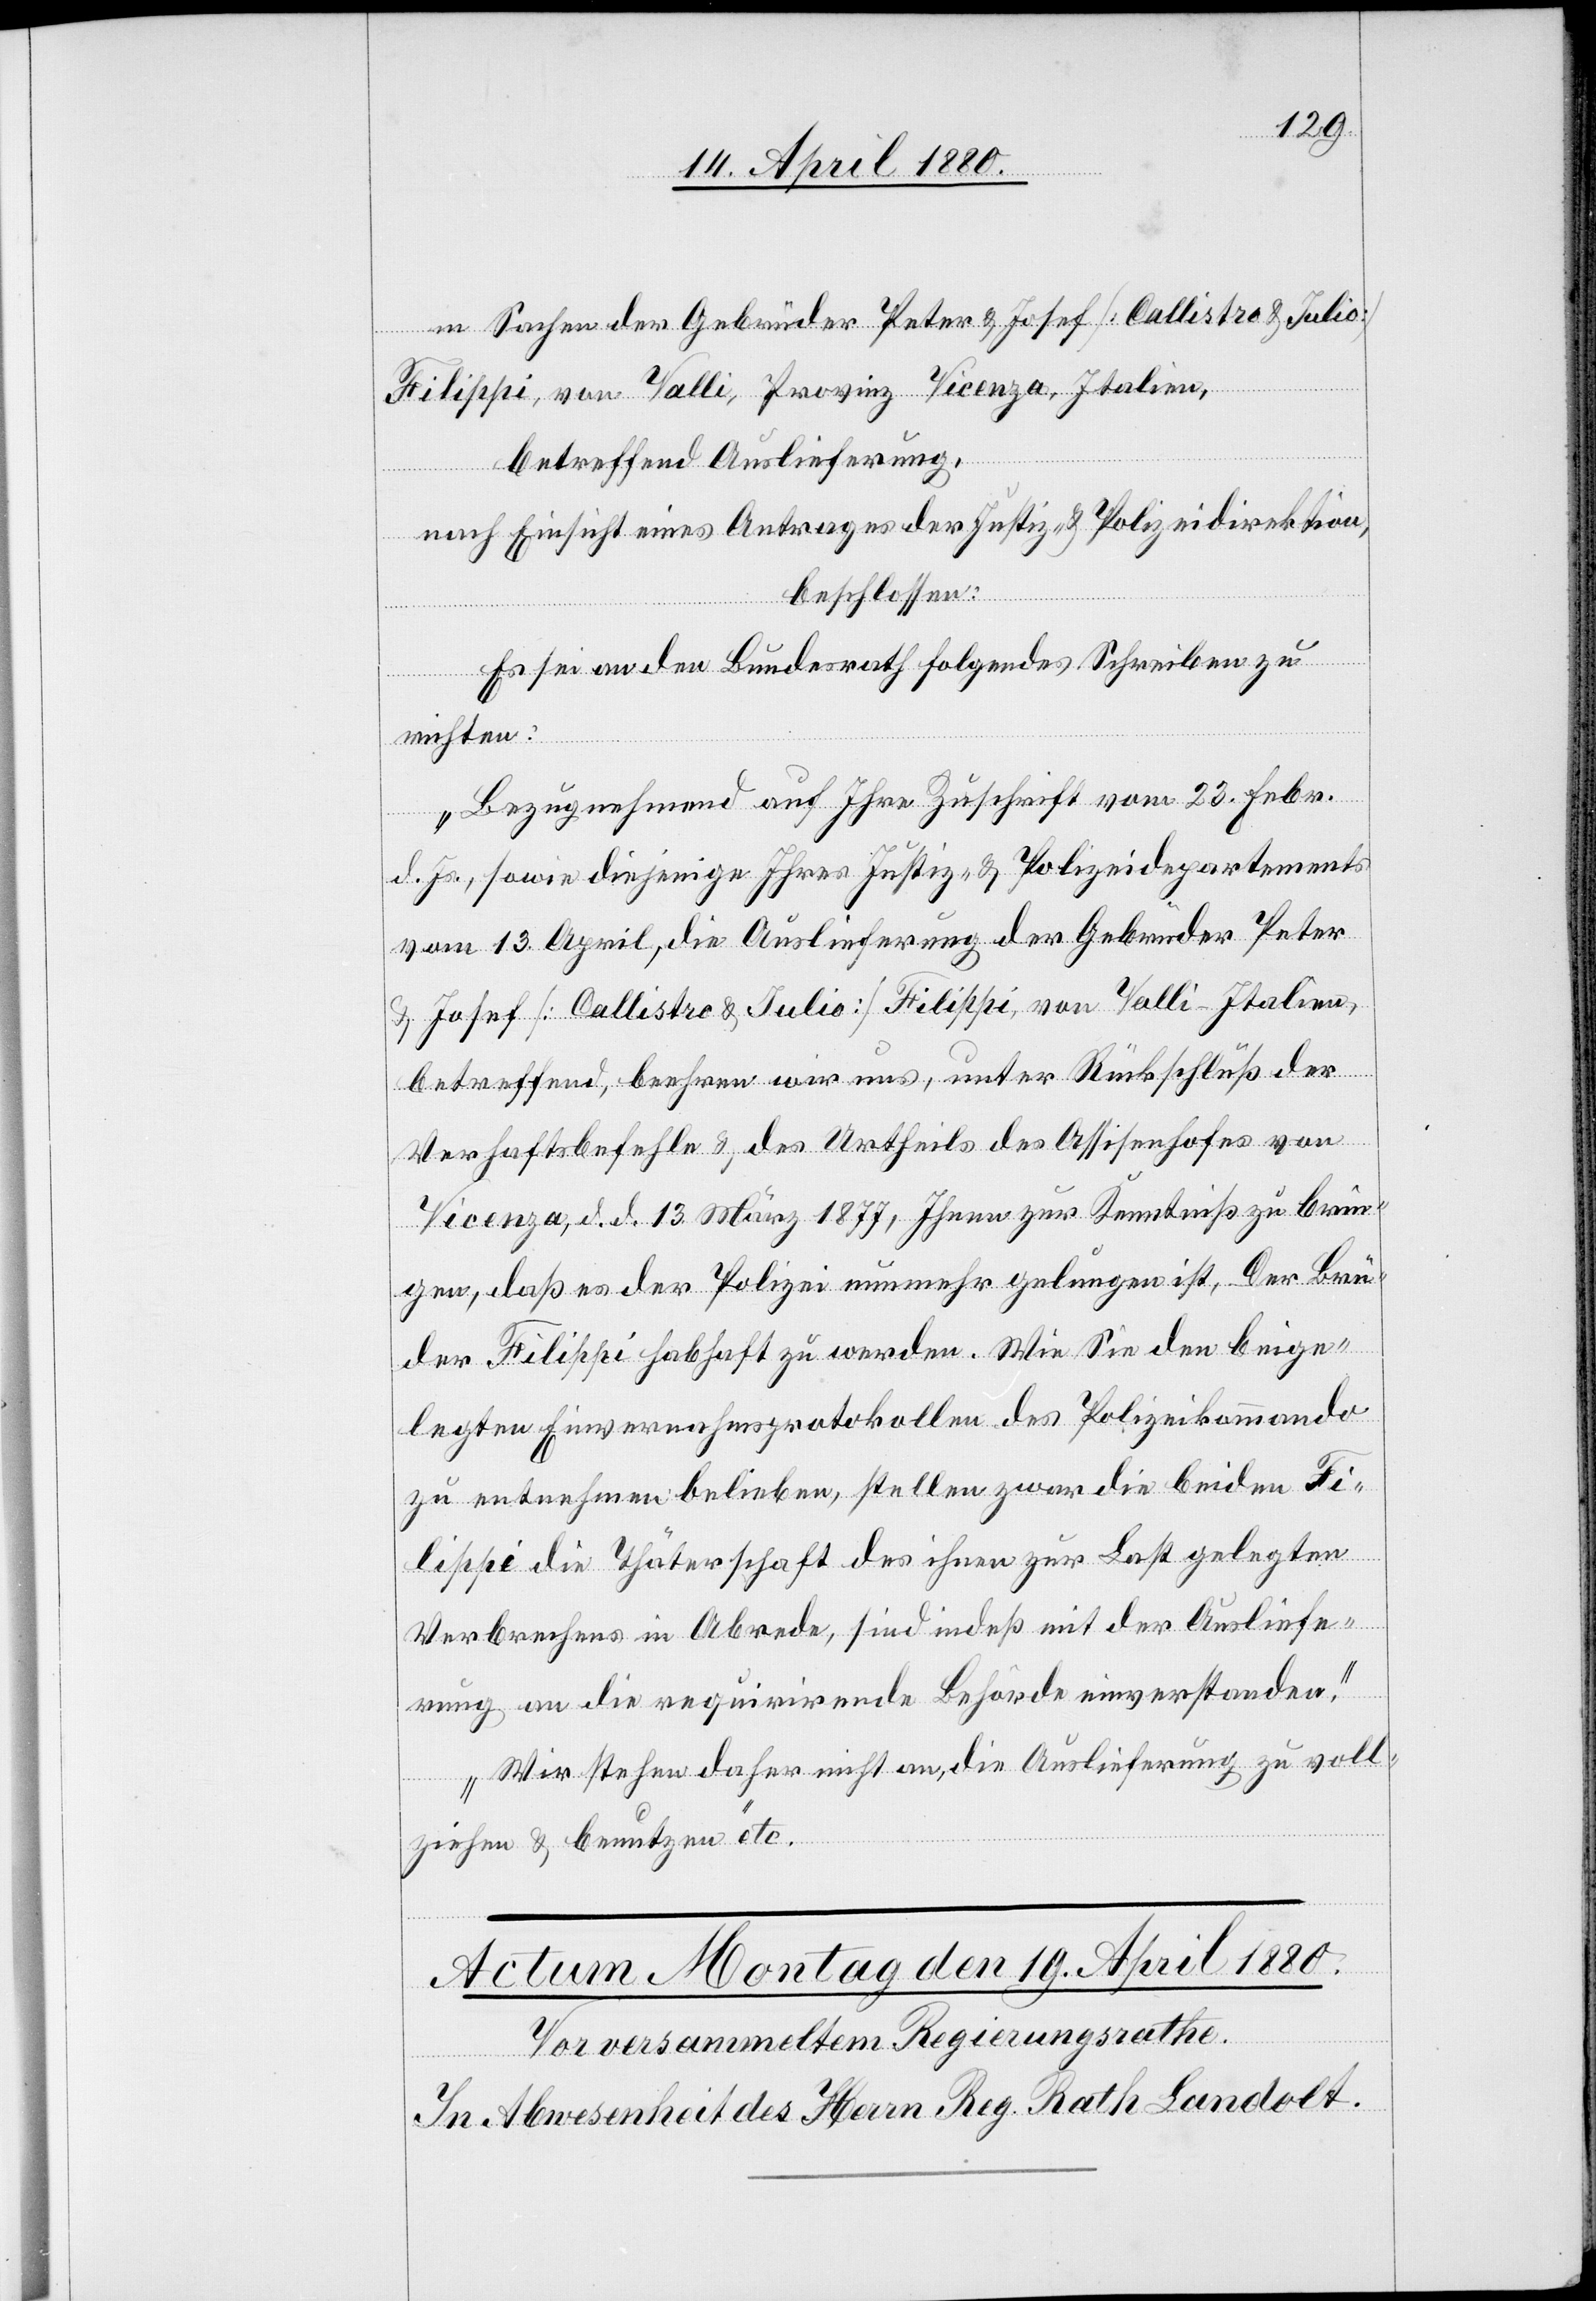
in Sachen der Gebrüder Peter & Josef [Callistro & Julio]
Brü¬
Filippi, von Valli, Provinz Vicenza, Italien,
betreffend Auslieferung,
nach Einsicht eines Antrages der Justiz- & Polizeidirektion,
beschlossen:
Es sei an den Bundesrath folgendes Schreiben zu
richten:
„Bezugnehmend auf Ihre Zuschrift vom 23. Febr.
d. Js., sowie diejenige Ihres Justiz- & Polizeidepartements
vom 13. April, die Auslieferung der Gebrüder Peter
Josef [Callistro & Julio] Filippi von Valli - Italien
betreffend, beehren wir uns, unter Rückschluß der
Verhaftsbefehle & des Urtheils des Assisenhofes von
Vicenza, d. d. 13. März 1877, Ihnen zur Kenntniß zu brin¬
gen, daß der Polizei nunmehr gelungen ist, Der [si¬
der Filippi habhaft zu werden. Wie Sie den beige¬
legten Einvernahmsprotokollen des Polizeikommando
zu entnehmen belieben, stellen zwar die beiden Fi¬
lippi die Thäterschaft des ihnen zur Last gelegten
Verbrechens in Abrede, sind indeß mit der Ausliefe¬
rung an die requirirende Behörde einverstanden.
Wir stehen daher nicht an, die Auslieferung zu voll¬
c!]
ziehen & benutzen“ etc.